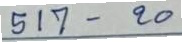
517 - 20